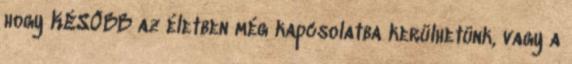
hogy KÉSŐBB az életben még kapcsolatba kerülhetünk, vagy a